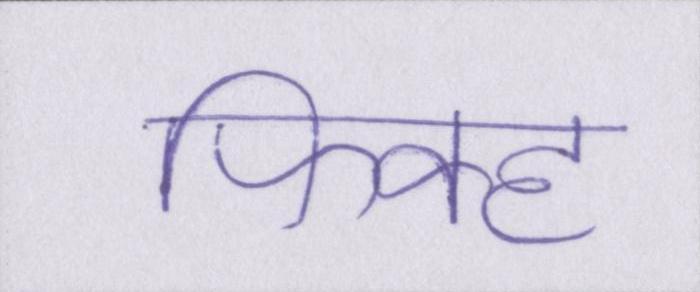
फिक्ह